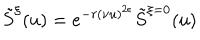
LaTeX: \tilde { S } ^ { \xi } ( u ) = e ^ { - r ( \nu u ) ^ { 2 \epsilon } } \tilde { S } ^ { \xi = 0 } ( u )